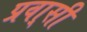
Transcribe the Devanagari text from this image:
प्रवा्सी